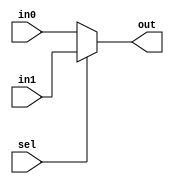
module Mux2_2 (in0, in1, sel, out);
input [1:0] in0, in1;
input  sel;
output [1:0] out;

    assign out = (sel == 1'b0) ? in0 : in1 ;
endmodule